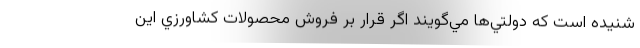
شنيده است كه دولتي‌ها مي‌گويند اگر قرار بر فروش محصولات كشاورزي اين